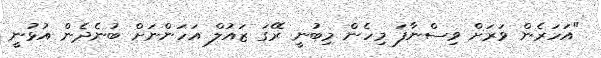
"އަހަރެން ވަރަށް ވިސްނާފަ މިހެން މިބުނީ ރޭގަ ޒައުލް އަހަންނަށް ބުނެދެން އުޅުނީ